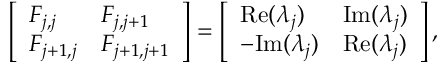
\left[ \begin{array} { l l } { F _ { j , j } } & { F _ { j , j + 1 } } \\ { F _ { j + 1 , j } } & { F _ { j + 1 , j + 1 } } \end{array} \right] = \left[ \begin{array} { l l } { \mathrm { R e } ( \lambda _ { j } ) } & { \mathrm { I m } ( \lambda _ { j } ) } \\ { - \mathrm { I m } ( \lambda _ { j } ) } & { \mathrm { R e } ( \lambda _ { j } ) } \end{array} \right] ,